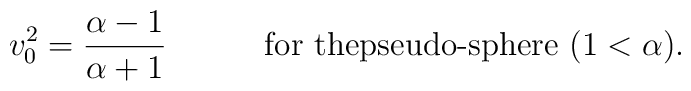
v_{0}^{2} ={\alpha-1  \over \alpha+1} \qquad \quad \mbox{for thepseudo-sphere } (1<\alpha).